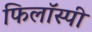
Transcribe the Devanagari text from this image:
फिलॉस्पी